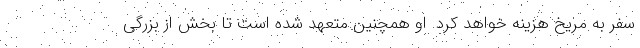
سفر به مریخ هزینه خواهد کرد. او همچنین متعهد شده است تا بخش از بزرگی